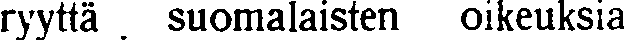
ryyttä suomalaisten oikeuksia